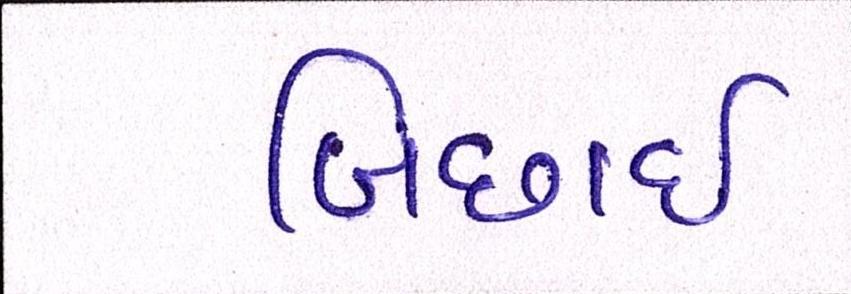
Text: બિછાઇ